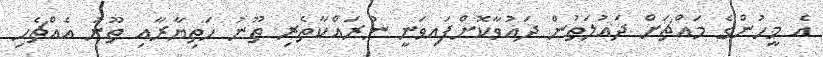
އެ މީހުންގެ މައްޗަށް ދައުލަތުން ދައުވާކޮށްފައިވަނީ ނުރައްކާތެރި ތޫނު ހަތިޔާރާއި ތޫނު އެއްޗެހި